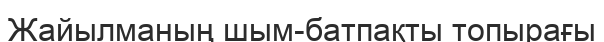
Жайылманың шым-батпақты топырағы